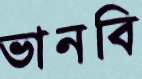
ভানবি